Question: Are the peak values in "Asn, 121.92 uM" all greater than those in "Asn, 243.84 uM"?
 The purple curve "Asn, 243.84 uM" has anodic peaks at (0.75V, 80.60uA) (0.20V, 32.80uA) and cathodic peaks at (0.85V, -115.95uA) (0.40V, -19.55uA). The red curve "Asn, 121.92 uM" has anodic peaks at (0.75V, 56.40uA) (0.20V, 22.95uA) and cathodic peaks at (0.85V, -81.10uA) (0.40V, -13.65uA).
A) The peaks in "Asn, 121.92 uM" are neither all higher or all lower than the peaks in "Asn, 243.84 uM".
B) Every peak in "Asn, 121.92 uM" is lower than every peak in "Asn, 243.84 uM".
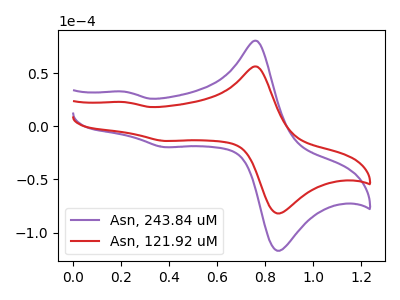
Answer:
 <answer>B) Every peak in "Asn, 121.92 uM" is lower than every peak in "Asn, 243.84 uM".</answer>
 <eval>B</eval>